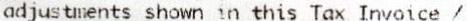
ADJUSTMENTS SHOWN IN THIS TAX INVOICE /